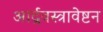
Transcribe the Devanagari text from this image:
आर्द्रवस्त्रावेष्टन